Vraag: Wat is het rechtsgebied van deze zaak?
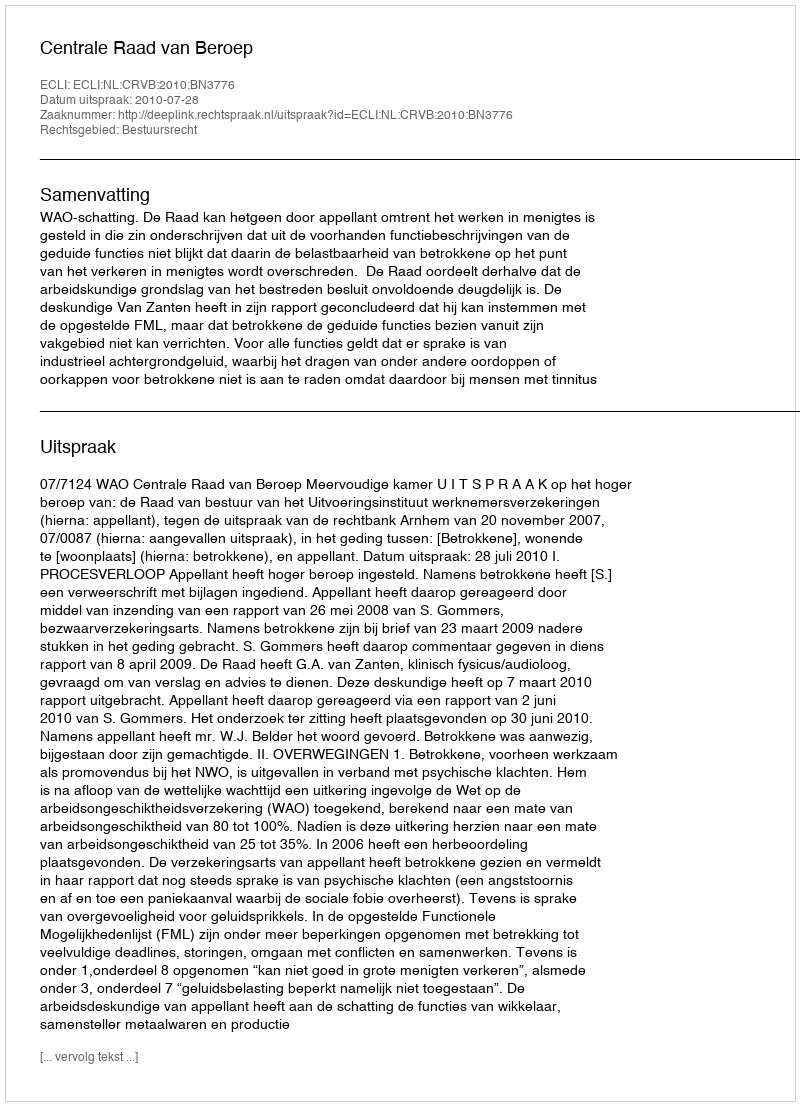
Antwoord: Bestuursrecht